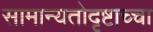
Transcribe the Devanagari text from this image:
सामान्यतोदृष्टाच्चा